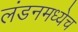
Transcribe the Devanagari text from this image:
लंडनमध्येच